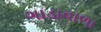
ગાડાવાળા